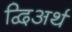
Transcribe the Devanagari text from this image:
द्विअर्थ